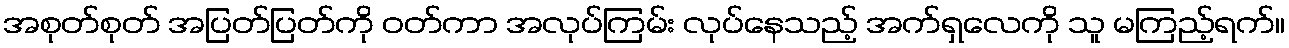
အစုတ်စုတ် အပြတ်ပြတ်ကို ဝတ်ကာ အလုပ်ကြမ်း လုပ်နေသည့် အက်ရှလေကို သူ မကြည့်ရက်။